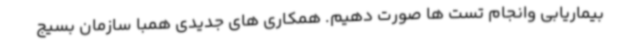
بیماریابی وانجام تست ها صورت دهیم. همکاری های جدیدی همبا سازمان بسیج